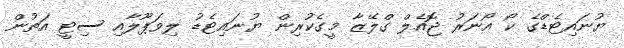
ޔުނައިޓެޑްގެ ކޯ އޯނަރު ޖޮއެލް ގްލޭޒާ މީގެކުރިން ޔުނައިޓެޑު ލިވަޕޫލާއި ސިޓީ އަތުން